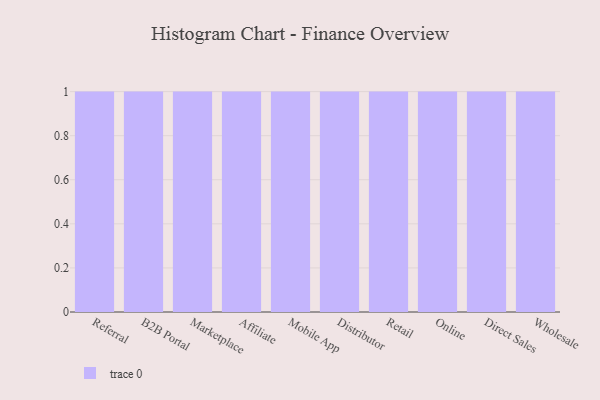
{"axis": {"x": "Channel", "y": "Waste Production (Tons)"}, "legend": [""], "data": [{"x": "Referral", "y": 10, "type": ""}, {"x": "B2B Portal", "y": 99, "type": ""}, {"x": "Marketplace", "y": 47, "type": ""}, {"x": "Affiliate", "y": 34, "type": ""}, {"x": "Mobile App", "y": 10, "type": ""}, {"x": "Distributor", "y": 88, "type": ""}, {"x": "Retail", "y": 37, "type": ""}, {"x": "Online", "y": 92, "type": ""}, {"x": "Direct Sales", "y": 34, "type": ""}, {"x": "Wholesale", "y": 85, "type": ""}]}